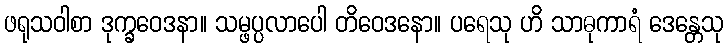
ဖရုသဝါစာ ဒုက္ခဝေဒနာ။ သမ္ဖပ္ပလာပေါ တိဝေဒနော။ ပရေသု ဟိ သာဓုကာရံ ဒေန္တေသု